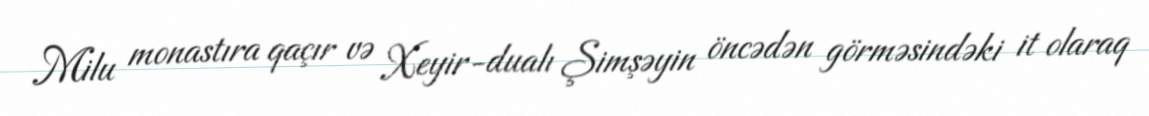
Milu monastıra qaçır və Xeyir-dualı Şimşəyin öncədən görməsindəki it olaraq